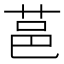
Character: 䓃